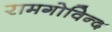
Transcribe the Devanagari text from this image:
रामगोविन्द